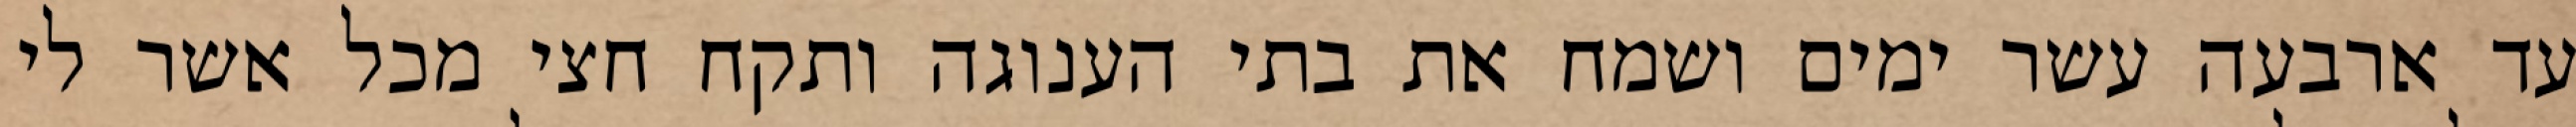
עד ארבעה עשר ימים ושמח את בתי הענוגה ותקח חצי מכל אשר לי